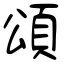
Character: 頌